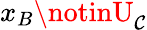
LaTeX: x_{B}\notinU_{\mathcal{C}}